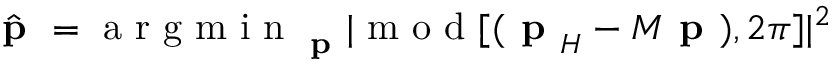
\hat { \textbf { p } } = \textrm { a r g m i n } _ { \textbf { p } } | \textrm { m o d } [ ( \textbf { p } _ { H } - M \textbf { p } ) , 2 \pi ] | ^ { 2 }